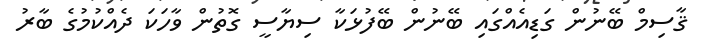
ޤާސިމް ބޭނުން ގަޑިއެއްގައި ބޭނުން ބޭފުޅަކާ ސިޔާސީ ގޮތުން ވާހަކަ ދެއްކުމުގެ ބާރު